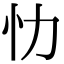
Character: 忇